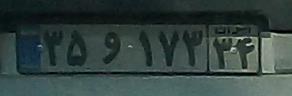
۳۵و۱۷۳۳۴